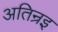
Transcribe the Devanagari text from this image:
अतिन्रइ